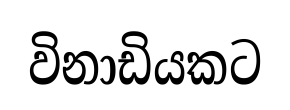
විනාඩියකට